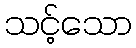
သင့်သော